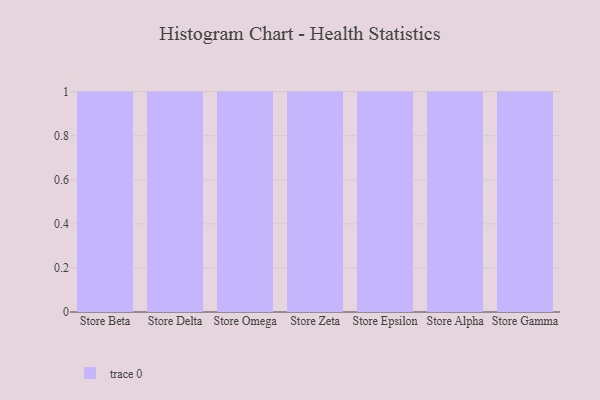
{"axis": {"x": "Store", "y": "Humidity (%)"}, "legend": [""], "data": [{"x": "Store Beta", "y": 39, "type": ""}, {"x": "Store Delta", "y": 7, "type": ""}, {"x": "Store Omega", "y": 70, "type": ""}, {"x": "Store Zeta", "y": 74, "type": ""}, {"x": "Store Epsilon", "y": 66, "type": ""}, {"x": "Store Alpha", "y": 45, "type": ""}, {"x": "Store Gamma", "y": 26, "type": ""}]}